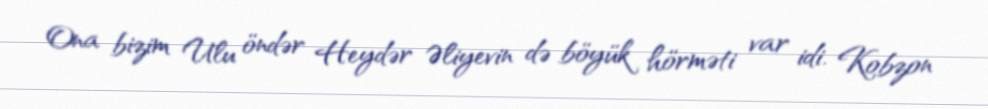
Ona bizim Ulu öndər Heydər Əliyevin də böyük hörməti var idi. Kobzon